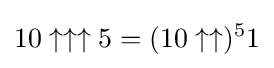
10\uparrow \uparrow \uparrow 5=(10\uparrow \uparrow )^{5}1